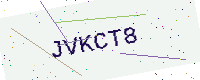
Text: JVKCT8